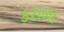
કરાળા